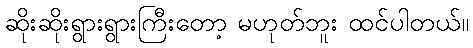
ဆိုးဆိုးရွားရွားကြီးတော့ မဟုတ်ဘူး ထင်ပါတယ်။